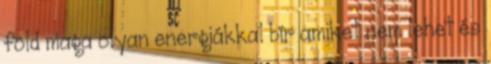
föld maga olyan energiákkal bír amiket nem lehet és